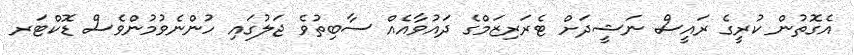
އެގޮތުން ކުރީގެ ރައީސް ނަޝީދަށް ޓެރަރިޒަމްގެ ދައުވާއެއް ސާބިތުވެ ޖަލުގައި ހުންނެވުމުންވެސް ޑޮކްޓަރ